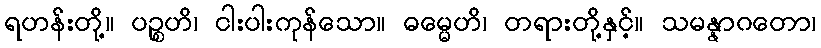
ရဟန်းတို့။ ပဉ္စဟိ၊ ငါးပါးကုန်သော။ ဓမ္မေဟိ၊ တရားတို့နှင့်။ သမန္နာဂတော၊